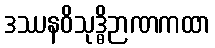
ဒဿနဝိသုဒ္ဓိဉာဏကထာ